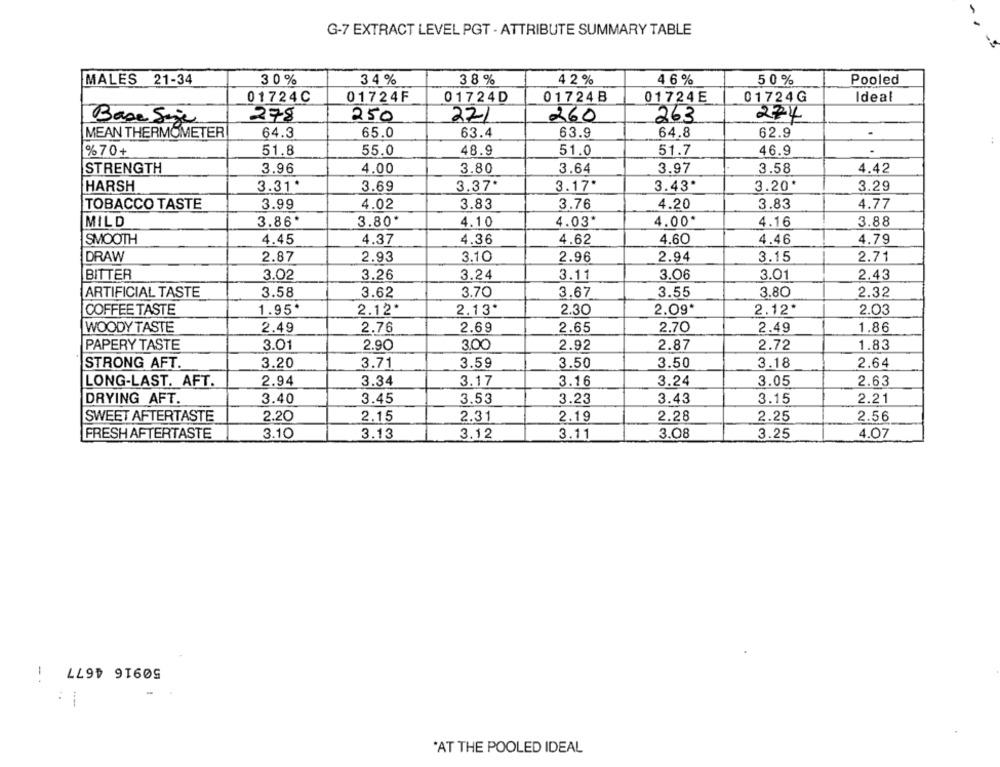
G-7 EXTRACT LEVEL PGT - ATTRIBUTE SUMMARY TABLE
MALES 21-34
3 0%
34 %
38 %
4 2 %
4 6 %
50%
Pooled
01724C
01724F
01724D
01724B
01724E
01724G
Ideal
250
260
274
Base Size
278
271
263
MEAN THERMOMETER
64.3
65.0
63.4
63.9
64.8
62.9
% 70+
51.8
55.0
48.9
51.0
51.7
46.9
STRENGTH
3.96
4.00
3.80
3.64
3.97
3.58
4.42
3.37*
3.43*
HARSH
3.31.
3.69
3.17.
3.20*
3.29
TOBACCO TASTE
3.99
4.02
3.83
3.76
4.20
3.83
4.77
MILD
3.86*
3.80*
4.10
4.03
4.00*
4.16
3.88
SMOOTH
4.45
4.37
4.36
4.62
4,60
4.46
4.79
DRAW
2.87
2.93
3.10
2.96
2.94
3.15
2.71
BITTER
3.02
3.26
3.24
3.11
3.06
3.01
2.43
ARTIFICIAL TASTE
3.58
3.62
3.70
3.67
3.55
3.80
2.32
COFFEE TASTE
1.95*
2.12
2.13*
2.30
2.09
2.12
2.03
WOODY TASTE
2.49
2.76
2.69
2.65
2.70
2.49
1.86
PAPERY TASTE
3.01
2.90
3.00
2.92
2.87
2.72
1.83
STRONG AFT.
3.20
3.71
3.59
3.50
3.50
3.18
2.64
LONG-LAST. AFT.
2.94
3.34
3.17
3.16
3.24
3.05
2.63
3.40
3.45
3.53
3.23
3.43
3.15
2.21
DRYING AFT.
SWEET AFTERTASTE
2.20
2.15
2.31
2.19
2.28
2.25
2.56
FRESH AFTERTASTE
3.10
3.13
3.12
3.11
3.08
3.25
4.07
50916 4677
1
AT THE POOLED IDEAL